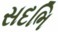
સદભિ